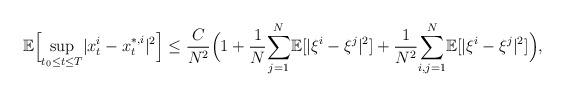
LaTeX: \begin{align*}\mathbb{E}\Big[\underset{t_0\leq t\leq T}{\sup}|x_t^i-x_t^{*,i}|^2\Big]\leq\frac{C}{N^2}\Big(1+\frac{1}{N}\underset{j=1}{\overset{N}\sum}\mathbb{E}[|\xi^i-\xi^j|^2]+\frac{1}{N^2}\underset{i,j=1}{\overset{N}{\sum}}\mathbb{E}[|\xi^{i}-\xi^{j}|^2]\Big),\end{align*}